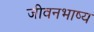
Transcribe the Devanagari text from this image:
जीवनभाष्य